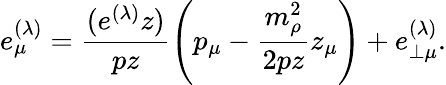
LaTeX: e_{\mu}^{(\lambda)}=\frac{(e^{(\lambda)}z)}{pz}\left(p_{\mu}-\frac{m_{\rho}^{2}}{2pz}z_{\mu}\right)+e_{\perp\mu}^{(\lambda)}.